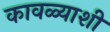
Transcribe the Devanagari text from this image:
कावळ्याशी